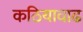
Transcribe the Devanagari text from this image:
कठियावाढ